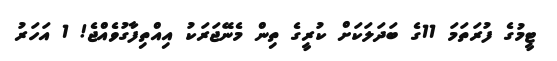
ޓީމުގެ ފުރަތަމަ 11ގެ ބަދަލަކަށް ކުރީގެ ތިން މެނޭޖަރަކު އިއްތިފާގުވެއްޖެ! 1 އަހަރު